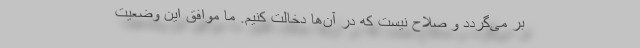
بر می‌گردد و صلاح نیست که در آن‌ها دخالت کنیم. ما موافق این وضعیت